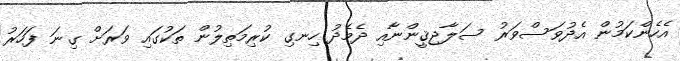
އެހެންކަމުން އެދުވަސްވަރު ސަލާޖިޤީންނާއި ދެމެދު ހިނގި ކުރިމަތިލުން ތަކުގައި ވަރަށް ގިނަ ފަހަރު